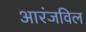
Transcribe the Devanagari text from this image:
आरंजविल